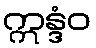
ဣန္ဒံဝ